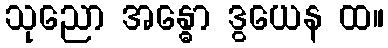
သုညော အန္ဓော ဒွယေန ထ။